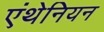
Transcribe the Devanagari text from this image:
एंथेनियन